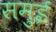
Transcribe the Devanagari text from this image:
समुई